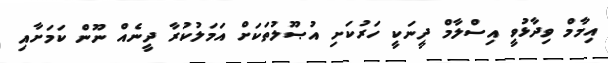
އިމާމް ވިދާޅުވީ އިސްލާމް ދީނަކީ ހަރުކަށި އުޞޫލުތަކަށް އަމަލުކުރާ ދީނެއް ނޫން ކަމަށާއި